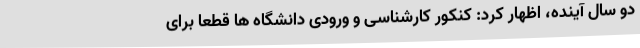
دو سال آینده، اظهار کرد: کنکور کارشناسی و ورودی دانشگاه ها قطعا برای